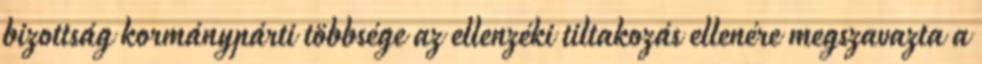
bizottság kormánypárti többsége az ellenzéki tiltakozás ellenére megszavazta a